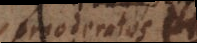
moderatos nec